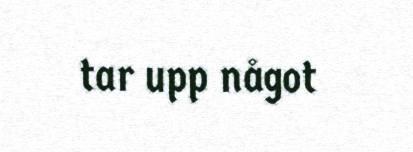
tar upp något